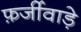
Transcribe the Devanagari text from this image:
फ़र्जीवाड़े